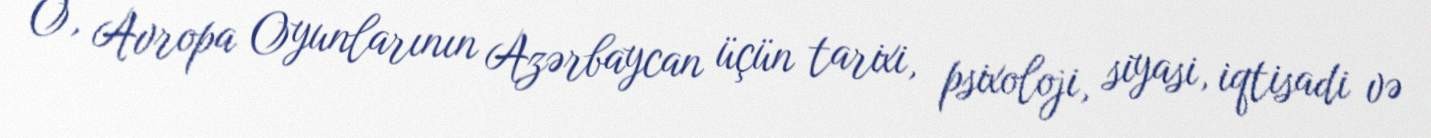
O, Avropa Oyunlarının Azərbaycan üçün tarixi, psixoloji, siyasi, iqtisadi və